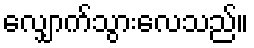
လျှောက်သွားလေသည်။